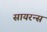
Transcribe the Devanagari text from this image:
सायरन्स